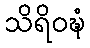
သိရိဝဍ္ဎံ